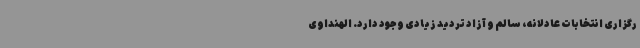
رگزاری انتخابات عادلانه، سالم و آزاد تردید زیادی وجود دارد. الهنداوی